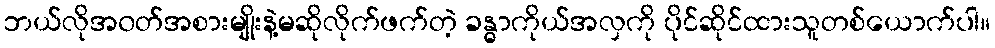
ဘယ်လိုအ၀တ်အစားမျိုးနဲ့မဆိုလိုက်ဖက်တဲ့ ခန္ဓာကိုယ်အလှကို ပိုင်ဆိုင်ထားသူတစ်ယောက်ပါ။